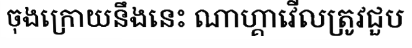
ចុងក្រោយនឹងនេះ ណាហ្គាវើលត្រូវជួប